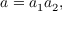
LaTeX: a = a _ { 1 } a _ { 2 } ,